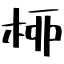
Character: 桺